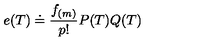
e ( T ) \doteq \frac { f _ { ( m ) } } { p ! } P ( T ) Q ( T )